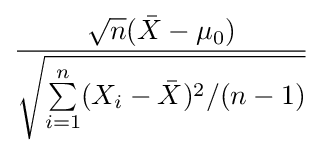
{\frac {{\sqrt {n}}({\bar {X}}-\mu _{0})}{\sqrt {\sum \limits _{i=1}^{n}(X_{i}-{\bar {X}})^{2}/(n-1)}}}